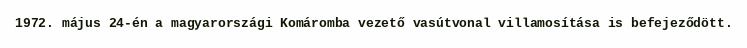
1972. május 24-én a magyarországi Komáromba vezető vasútvonal villamosítása is befejeződött.